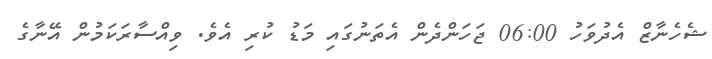
ޝެހެނާޒް އެދުވަހު 06:00 ޖަހަންދެން އެތަަނުގައި މަޑު ކުރި އެވެ. ވިއްސާރަކަމުން އޭނާގެ